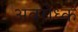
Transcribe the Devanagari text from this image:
अवरोध्क